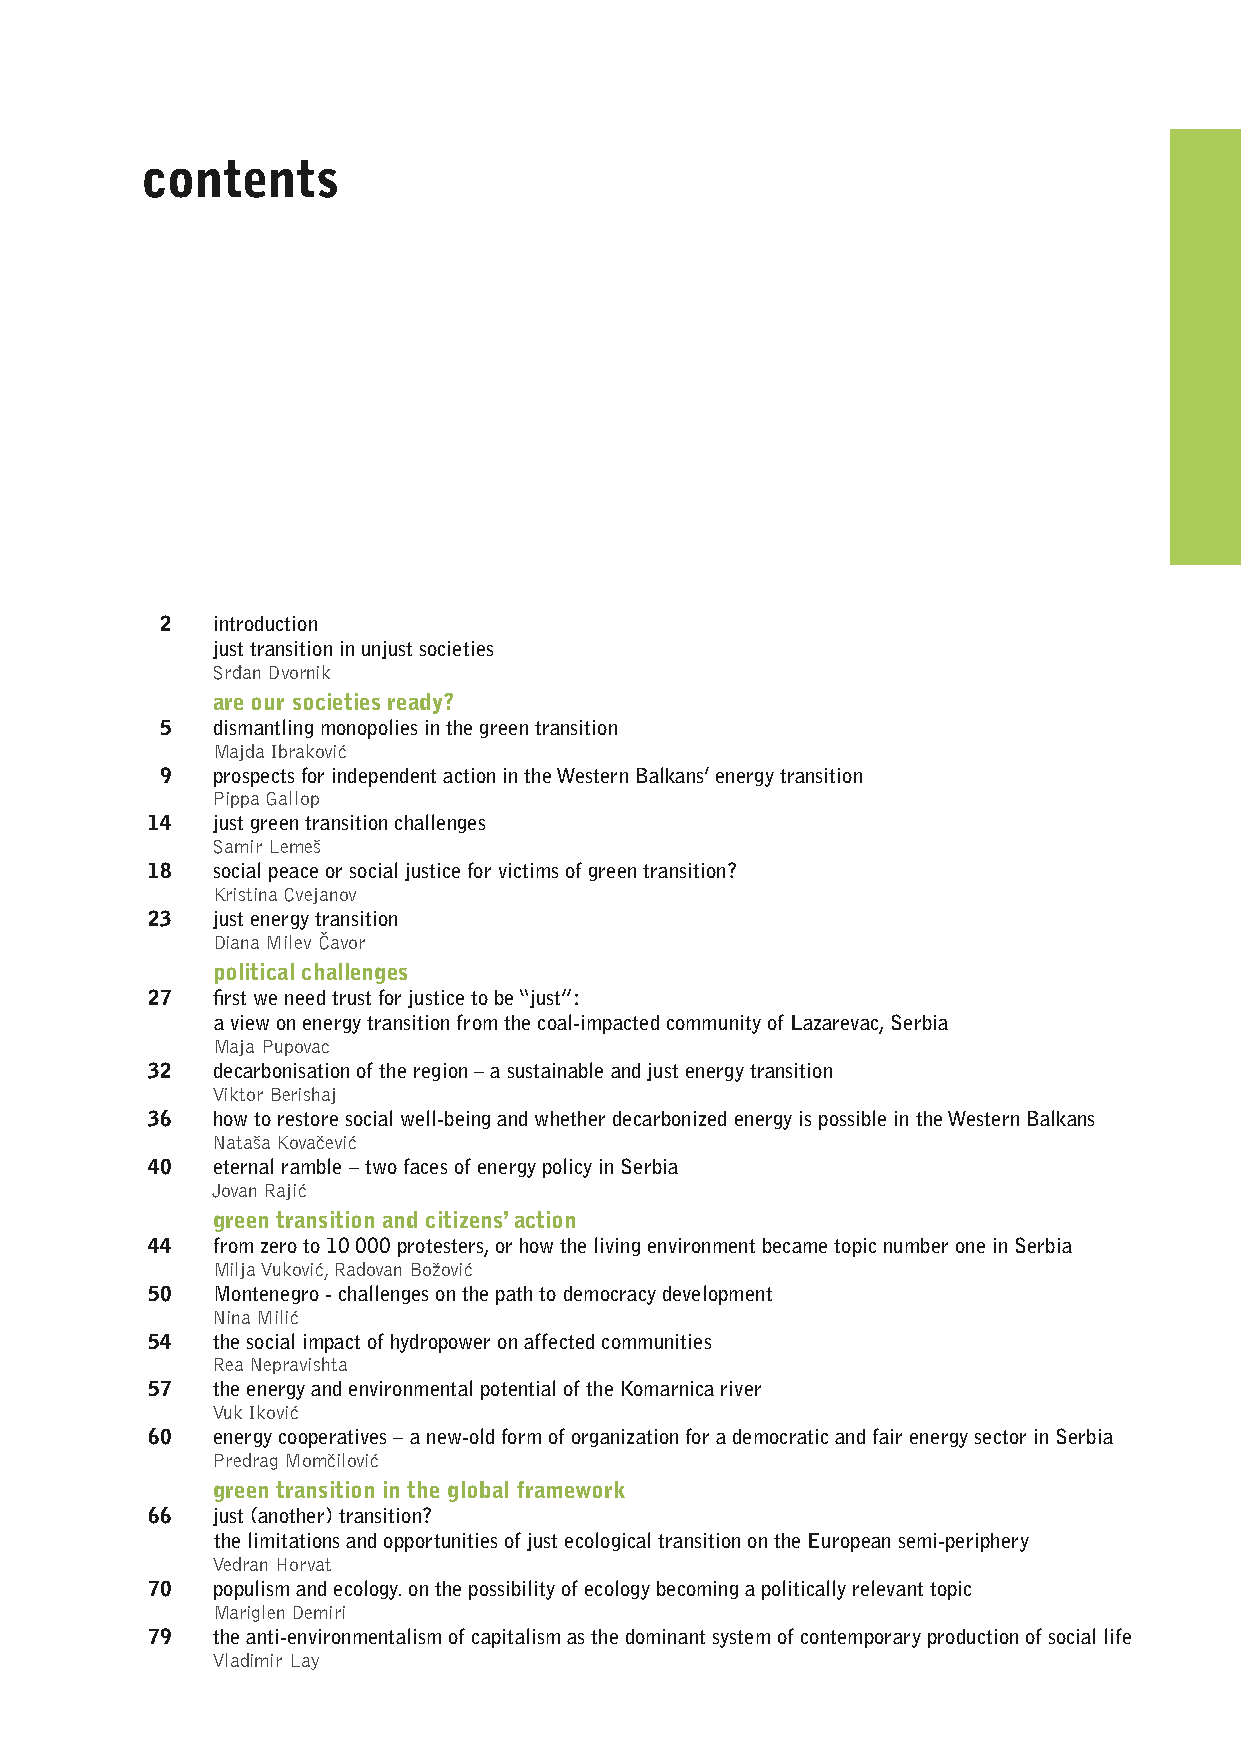
contents
 2  introduction
 just transition in unjust societies
 Srđan Dvornik
 are our societies ready?
 5  dismantling monopolies in the green transition
 Majda Ibraković
 9  prospects for independent action in the Western Balkans’ energy transition
 Pippa Gallop
 14  just green transition challenges
 Samir Lemeš
 18  social peace or social justice for victims of green transition?
 Kristina Cvejanov
 23  just energy transition
 Diana Milev Čavor
 political challenges
 27  first we need trust for justice to be “just”:
 a view on energy transition from the coal-impacted community of Lazarevac, Serbia
 Maja Pupovac
 32  decarbonisation of the region – a sustainable and just energy transition
 Viktor Berishaj
 36  how to restore social well-being and whether decarbonized energy is possible in the Western Balkans
 Nataša Kovačević
 40  eternal ramble – two faces of energy policy in Serbia
 Jovan Rajić
 green transition and citizens’ action
 44  from zero to 10 000 protesters, or how the living environment became topic number one in Serbia
 Milja Vuković, Radovan Božović
 50  Montenegro - challenges on the path to democracy development
 Nina Milić
 54  the social impact of hydropower on affected communities
 Rea Nepravishta
 57  the energy and environmental potential of the Komarnica river
 Vuk Iković
 60  energy cooperatives – a new-old form of organization for a democratic and fair energy sector in Serbia
 Predrag Momčilović
 green transition in the global framework
 66  just (another) transition?
 the limitations and opportunities of just ecological transition on the European semi-periphery
 Vedran Horvat
 70  populism and ecology. on the possibility of ecology becoming a politically relevant topic
 Mariglen Demiri
 79  the anti-environmentalism of capitalism as the dominant system of contemporary production of social life
 Vladimir Lay